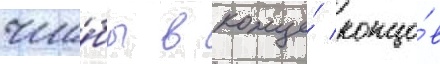
что́бы в конце́ концо́в